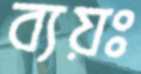
ব্যয়ঃ